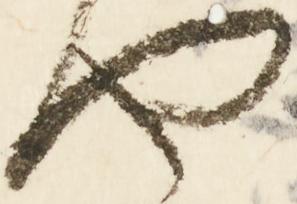
や